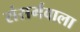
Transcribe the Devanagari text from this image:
संसर्गवाला